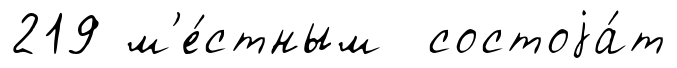
219 м'е́стным состоjа́т